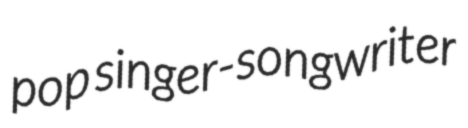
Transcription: pop singer-songwriter